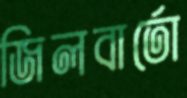
জিলবার্তো